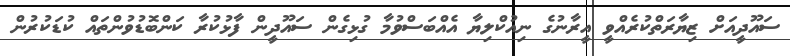
ސައޫދީއަށް ޒިޔާރަތްކުރެއްވީ އީރާނުގެ ނިއުކްލިޔާ އެއްބަސްވުމާ ގުޅިގެން ސައޫދީން ފާޅުކުރާ ކަންބޮޑުވުންތައް ކުޑަކުރުން